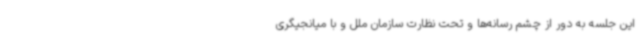
این جلسه به دور از چشم رسانه‌ها و تحت نظارت سازمان ملل و با میانجیگری